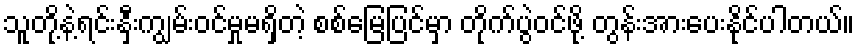
သူတို့နဲ့ရင်းနှီးကျွမ်းဝင်မှုမရှိတဲ့ စစ်မြေပြင်မှာ တိုက်ပွဲဝင်ဖို့ တွန်းအားပေးနိုင်ပါတယ်။